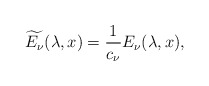
\begin{align*}\widetilde{E_\nu}(\lambda,x)=\frac{1}{c_\nu}E_\nu(\lambda,x),\end{align*}